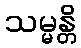
သမ္မန္တိ